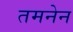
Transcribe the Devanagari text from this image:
तमनेन